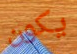
يكون